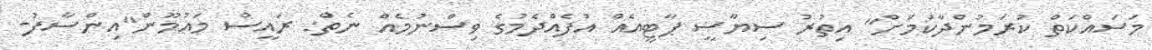
މަސައްކަތް ކުރަމުންދާކަމަށް" އިތުރު ސިޔާސީ ޕާޓީއެއް އުފެއްދެމުގެ ވިސްނުމެއް ނެތް: ރައީސް މައުމޫން"އިންސާފު-